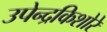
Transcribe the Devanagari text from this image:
उपेन्द्रकिशोरे